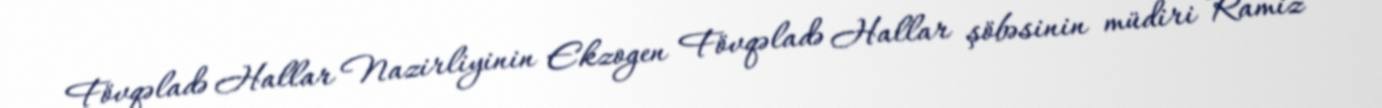
Fövqəladə Hallar Nazirliyinin Ekzogen Fövqəladə Hallar şöbəsinin müdiri Ramiz